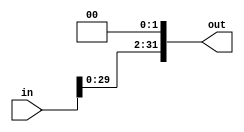
module Shift(
    //output
    output [31:0]out,
    //input
    input [31:0]in
);
assign out = in << 2;
endmodule